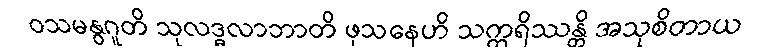
ဝသမနွဂူတိ သုလဒ္ဓလာဘာတိ ဖုသနေဟိ သက္ကရိဿန္တိ အသုစိတာယ